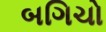
બગિચો